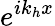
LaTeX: e^{ik_{h}x}